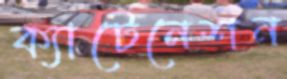
ক্যাটেনেশন